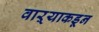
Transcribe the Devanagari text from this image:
वाऱ्याकडून